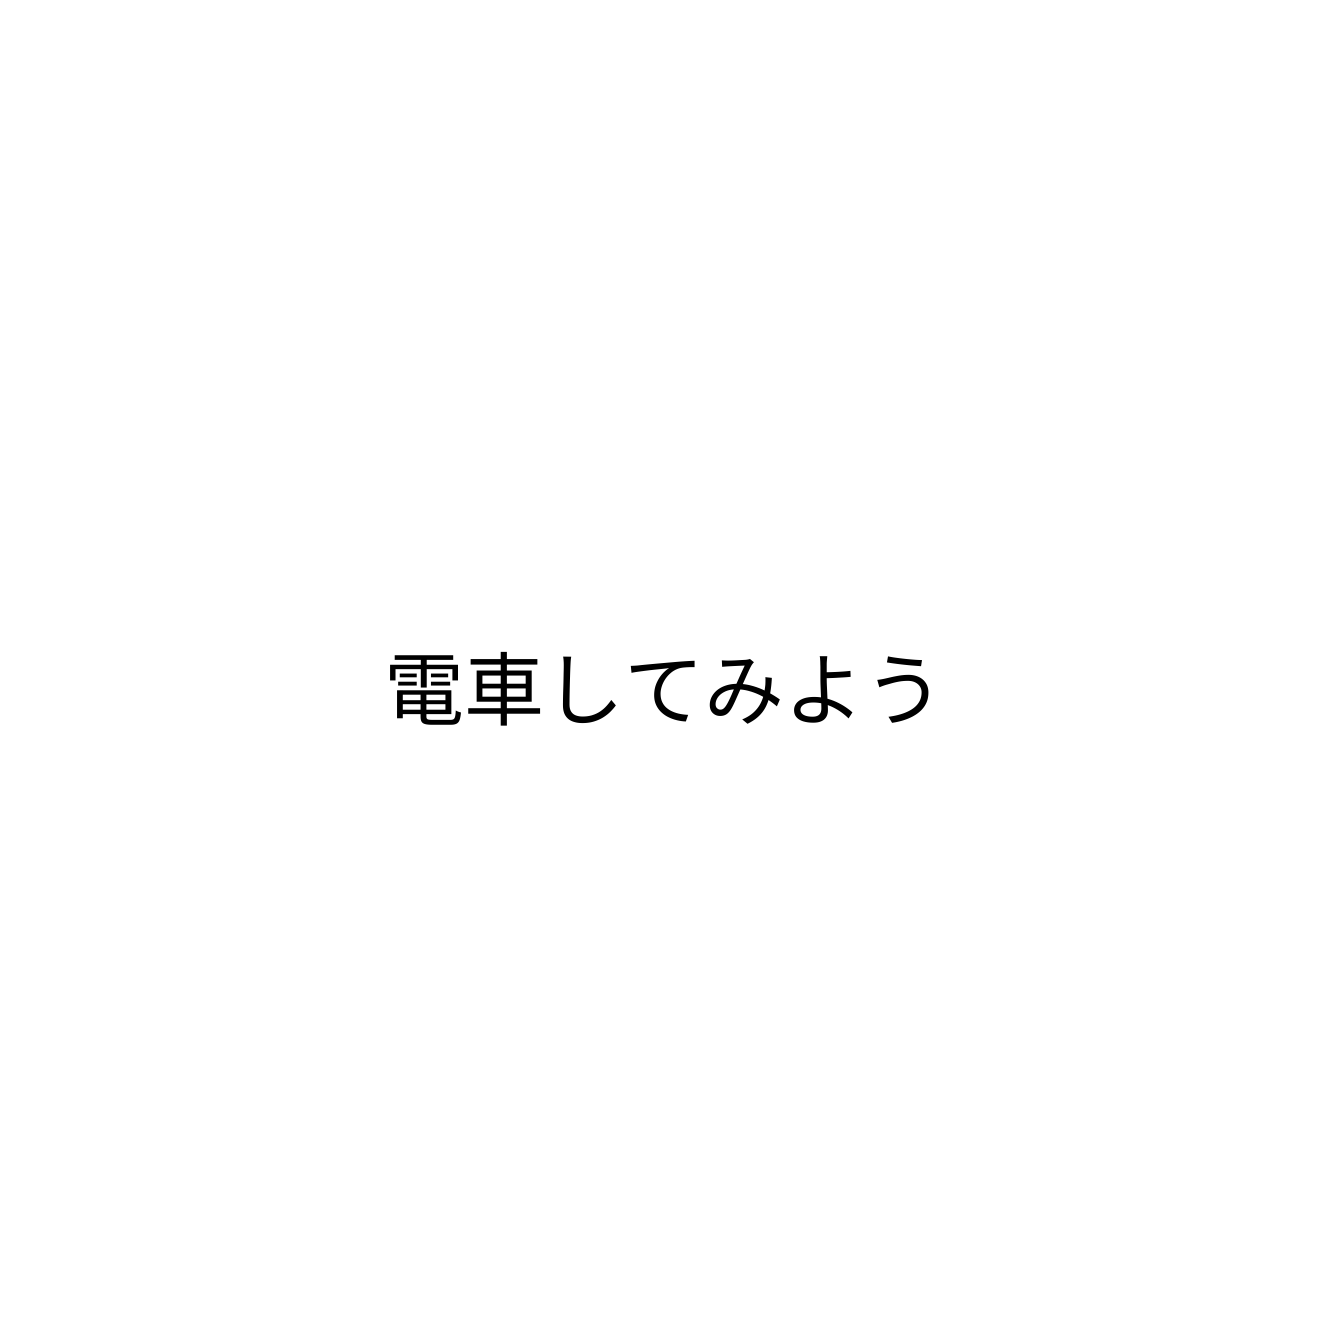
電車してみよう